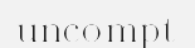
uncompt